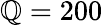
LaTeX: \mathbb{Q}=200